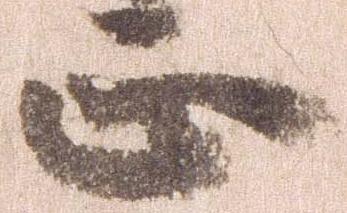
正